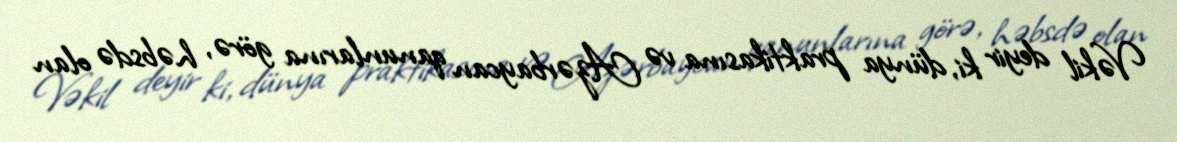
Vəkil deyir ki, dünya praktikasına və Azərbaycan qanunlarına görə, həbsdə olan